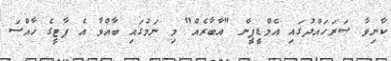
ކާނިވާ ސަރަހައްދުގައި އެމްޑީޕީން "އާބާރެއް" މި ނަމުގައި ބާއްވާ އެ ޕާޓީގެ ހާއްސަ